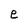
Character: e